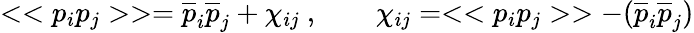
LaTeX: <<p_{i}p_{j}>>={\overline{{p}}}_{i}{\overline{{p}}}_{j}+\chi_{ij}~,\qquad\chi_{ij}=<<p_{i}p_{j}>>-({\overline{{p}}}_{i}{\overline{{p}}}_{j})